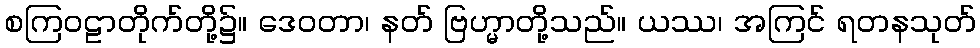
စကြဝဠာတိုက်တို့၌။ ဒေဝတာ၊ နတ် ဗြဟ္မာတို့သည်။ ယဿ၊ အကြင် ရတနသုတ်